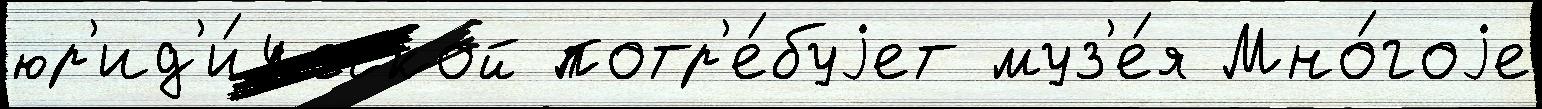
юр'ид'и́ческой потр'е́буjет муз'е́я Мно́гоjе